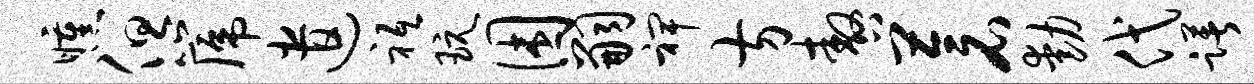
曛但篪遣祗玩困嗣裨方嗷苍动代躇